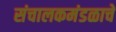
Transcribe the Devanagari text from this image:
संचालकमंडळाचे